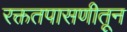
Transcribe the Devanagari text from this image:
रक्ततपासणीतून